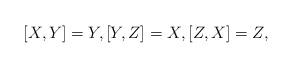
LaTeX: \begin{align*} [X,Y] = Y, [Y,Z] = X, [Z,X] = Z,\end{align*}